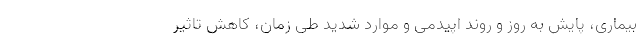
بیماری، پایش به روز و روند اپیدمی و موارد شدید طی زمان، کاهش تاثیر